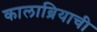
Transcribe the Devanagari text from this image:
कालाब्रियाची